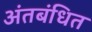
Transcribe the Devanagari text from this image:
अंतबंधित